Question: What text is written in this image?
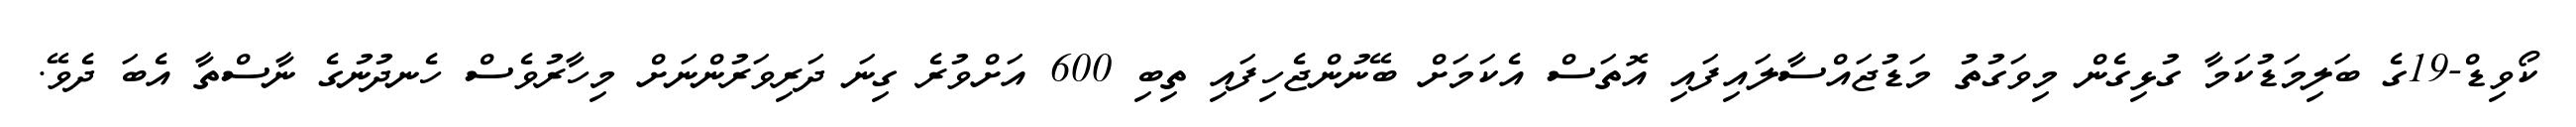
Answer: ކޯވިޑް-19ގެ ބަލިމަޑުކަމާ ގުޅިގެން މިވަގުތު މަޑުޖައްސާލައިފައި އޮތަސް އެކަމަށް ބޭނުންޖެހިފައި ތިބި 600 އަށްވުރެ ގިނަ ދަރިވަރުންނަށް މިހާރުވެސް ހެނދުނުގެ ނާސްތާ އެބަ ދެވޭ.